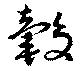
轂